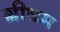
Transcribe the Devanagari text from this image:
ग्रीषम